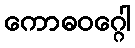
ကောဓဝဂ္ဂေါ